Report of the Indian Hemp Drugs Commission, 1894-1895 - Volume VIII
Year: 1894
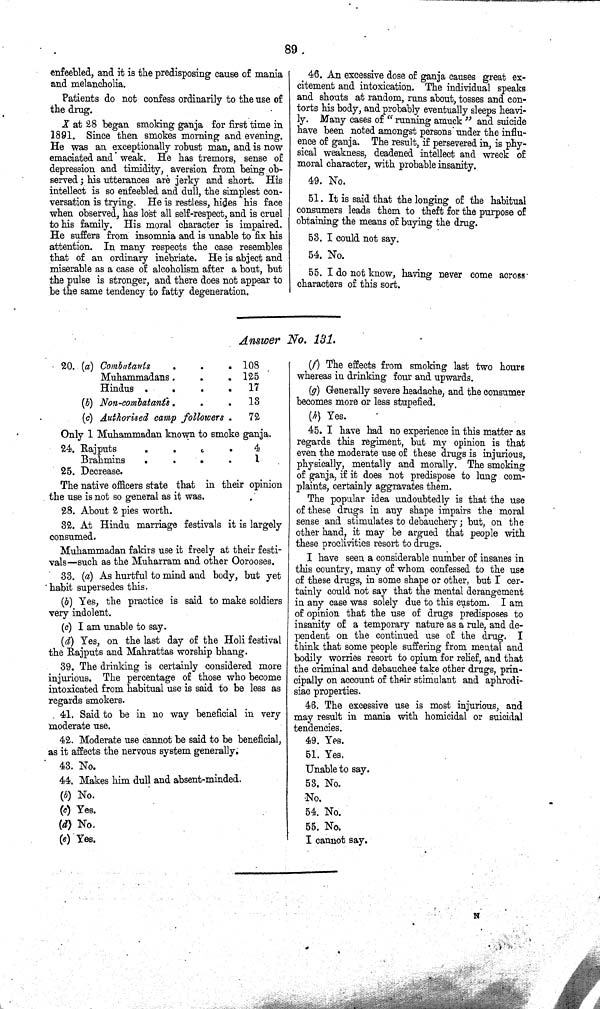
89
enfeebled, and it is the predisposing cause of mania
and melancholia.
Patients do not confess ordinarily to the use of
the drug.
X at 28 began smoking ganja for first time in
1891. Since then smokes morning and evening.
He was an exceptionally robust man, and is now
emaciated and weak. He has tremors, sense of
depression and timidity, aversion from being ob-
served; his utterances are jerky and short. His
intellect is so enfeebled and dull, the simplest con-
versation is trying. He is restless, hides his face
when observed, has lost all self-respect, and is cruel
to his family. His moral character is impaired.
He suffers from insomnia and is unable to fix his
attention. In many respects the case resembles
that of an ordinary inebriate. He is abject and
miserable as a case of alcoholism after a bout, but
the pulse is stronger, and there does not appear to
be the same tendency to fatty degeneration.
46. An excessive dose of ganja causes great ex-
citement and intoxication. The individual speaks
and shouts at random, runs about, tosses and con-
torts his body, and probably eventually sleeps heavi-
ly. Many cases of "running amuck" and suicide
have been noted amongst persons under the influ-
ence of ganja. The result, if persevered in, is phy-
sical weakness, deadened intellect and wreck of
moral character, with probable insanity.
49. No.
51. It is said that the longing of the habitual
consumers leads them to theft for the purpose of
obtaining the means of buying the drug.
53. I could not say.
54. No.
55. I do not know, having never come across
characters of this sort.
Answer No. 131.
20. (a) Combatants
108
Muhammadans
125
Hindus
17
(b) Non-combatants.
13
(c) Authorised camp followers
72
Only 1 Muhammadan known to smoke ganja.
24. Rajputs
4
Brahmins
1
25. Decrease.
The native officers state that in their opinion
the use is not so general as it was.
28. About 2 pies worth.
32. At Hindu marriage festivals it is largely
consumed.
Muhammadan fakirs use it freely at their festi-
vals—such as the Muharram and other Oorooses.
33. (a) As hurtful to mind and body, but yet
habit supersedes this.
(b) Yes, the practice is said to make soldiers
very indolent.
(c) I am unable to say.
(d) Yes, on the last day of the Holi festival
the Rajputs and Mahrattas worship bhang.
39. The drinking is certainly considered more
injurious. The percentage of those who become
intoxicated from habitual use is said to be less as
regards smokers.
41. Said to be in no way beneficial in very
moderate use.
42. Moderate use cannot be said to be beneficial,
as it affects the nervous system generally.
43. No.
44. Makes him dull and absent-minded.
(b) No.
(c) Yes.
(d) No.
(e) Yes.
(f) The effects from smoking last two hours
whereas in drinking four and upwards.
(g) Generally severe headache, and the consumer
becomes more or less stupefied.
(h) Yes.
45. I have had no experience in this matter as
regards this regiment, but my opinion is that
even the moderate use of these drugs is injurious,
physically, mentally and morally. The smoking
of ganja, if it does not predispose to lung com-
plaints, certainly aggravates them.
The popular idea undoubtedly is that the use
of these drugs in any shape impairs the moral
sense and stimulates to debauchery; but, on the
other hand, it may be argued that people with
these proclivities resort to drugs.
I have seen a considerable number of insanes in
this country, many of whom confessed to the use
of these drugs, in some shape or other, but I cer-
tainly could not say that the mental derangement
in any case was solely due to this custom. I am
of opinion that the use of drugs predisposes to
insanity of a temporary nature as a rule, and de-
pendent on the continued use of the drug. I
think that some people suffering from mental and
bodily worries resort to opium for relief, and that
the criminal and debauchee take other drugs, prin-
cipally on account of their stimulant and aphrodi-
siac properties.
46. The excessive use is most injurious, and
may result in mania with homicidal or suicidal
tendencies.
49. Yes.
51. Yes.
Unable to say.
53. No.
No.
54. No.
55. No.
I cannot say.